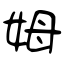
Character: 姆